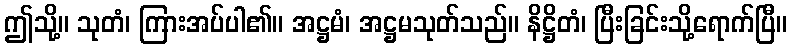
ဤသို့။ သုတံ၊ ကြားအပ်ပါ၏။ အဋ္ဌမံ၊ အဋ္ဌမသုတ်သည်။ နိဋ္ဌိတံ၊ ပြီးခြင်းသို့ရောက်ပြီ။